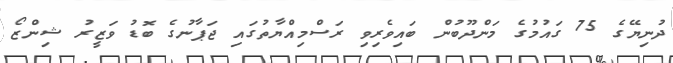
ދުނިޔޭގެ 75 ގައުމުގެ މަންދޫބުން ބައިވެރިވި ރަސްމިއްޔާތުގައި ޖަޕާނުގެ ބޮޑު ވަޒީރު ޝިންޒޯ